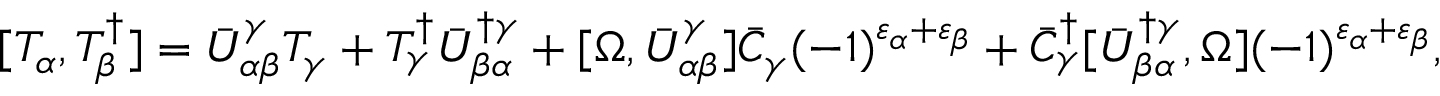
[ { \cal T } _ { \alpha } , { \cal T } _ { \beta } ^ { \dagger } ] = \bar { U } _ { \alpha \beta } ^ { \gamma } { \cal T } _ { \gamma } + { \cal T } _ { \gamma } ^ { \dagger } \bar { U } _ { \beta \alpha } ^ { \dagger \gamma } + [ \Omega , \bar { U } _ { \alpha \beta } ^ { \gamma } ] \bar { C } _ { \gamma } ( - 1 ) ^ { \varepsilon _ { \alpha } + \varepsilon _ { \beta } } + \bar { C } _ { \gamma } ^ { \dagger } [ \bar { U } _ { \beta \alpha } ^ { \dagger \gamma } , \Omega ] ( - 1 ) ^ { \varepsilon _ { \alpha } + \varepsilon _ { \beta } } ,